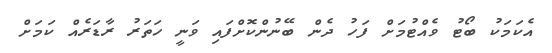
އެކަމަކު ބޯޓު ވެއްޓުމަށް ފަހު ދެން ބޭނުންކޮށްފައި ވަނީ ހަތަރު ރާޑަރެއް ކަމަށް